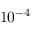
1 0 ^ { - 4 }